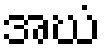
အဃံ